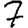
Digit: 7